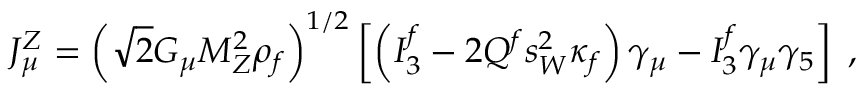
J _ { \mu } ^ { Z } = \left( \sqrt { 2 } G _ { \mu } M _ { Z } ^ { 2 } \rho _ { f } \right) ^ { 1 / 2 } \left[ \left( I _ { 3 } ^ { f } - 2 Q ^ { f } s _ { W } ^ { 2 } \kappa _ { f } \right) \gamma _ { \mu } - I _ { 3 } ^ { f } \gamma _ { \mu } \gamma _ { 5 } \right] \; ,